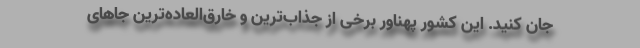
جان کنید. این کشور پهناور برخی از جذاب‌ترین و خارق‌العاده‌ترین جاهای